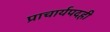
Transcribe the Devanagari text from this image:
प्राचार्यपदही